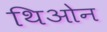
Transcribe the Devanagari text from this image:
थिओन